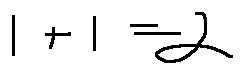
1 + 1 = 2